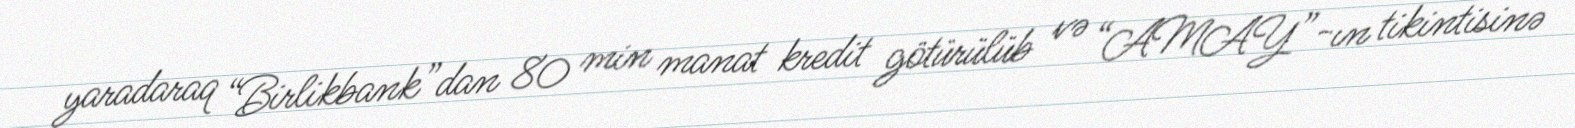
yaradaraq “Birlikbank”dan 80 min manat kredit götürülüb və “AMAY”-ın tikintisinə